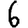
Digit: 6